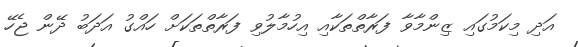
އަދި މިކަމުގައި ޒިންމާވާ ފަރާތްތަކާއި އިހުމާލުވި ފަރާތްތަކަށް ހައްގު އަދަބު ދޭން ޖެހޭ